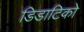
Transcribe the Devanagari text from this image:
डिडाटिको